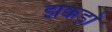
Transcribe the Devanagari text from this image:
झक्कड़ों